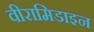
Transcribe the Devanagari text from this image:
वीरामिडाइन